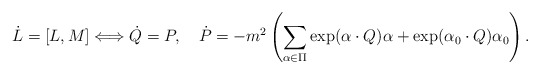
\begin{align*}\dot{L}=[L,M]\Longleftrightarrow \dot{Q}=P, \quad \dot{P}=-m^2\left(\sum_{\alpha\in\Pi}\exp({\alpha\cdot Q})\alpha+ \exp({\alpha_0\cdot Q})\alpha_0\right).\end{align*}